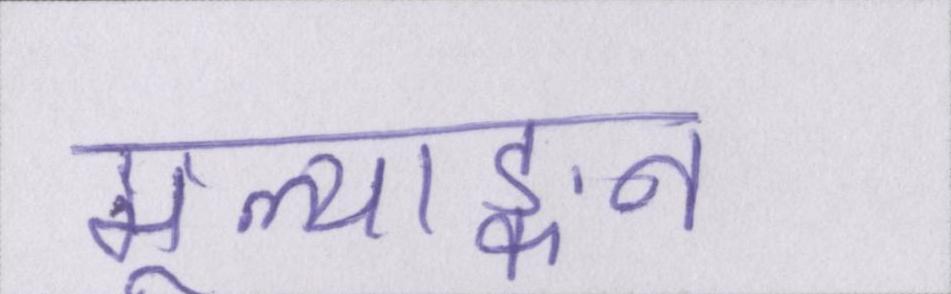
मूल्याङ्कन